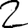
Digit: 2